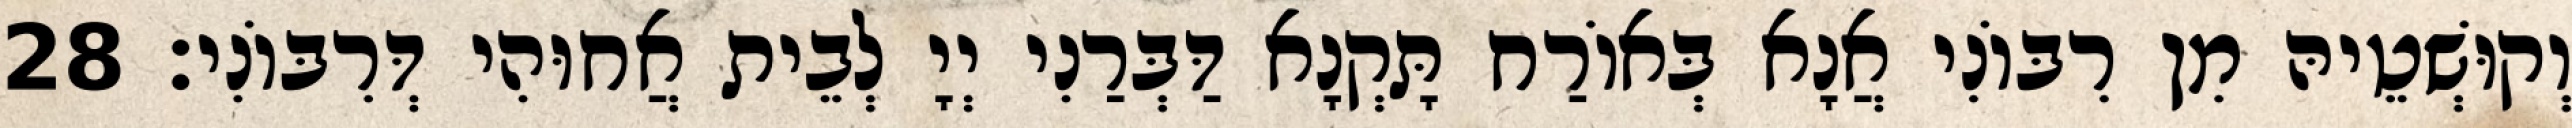
וְקוּשְׁטֵיהּ מִן רִבּוֹנִי אֲנָא בְּאוֹרַח תָּקְנָא דַּבְּרַנִי יְיָ לְבֵית אֲחוּהִי דְּרִבּוֹנִי׃ 28